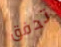
تدفق